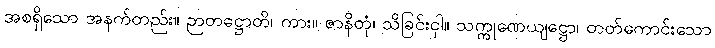
အစရှိသော အနက်တည်း။ ဉာတဋ္ဌောတိ၊ ကား။ ဇာနိတုံ၊ သိခြင်းငှါ။ သက္ကုဏေယျဋ္ဌော၊ တတ်ကောင်းသော